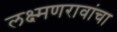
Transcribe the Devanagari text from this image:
लक्ष्मणरावांचा